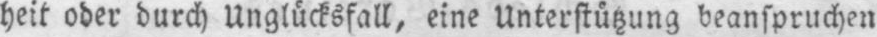
heit oder durch Unglücksfall, eine Unterstützung beanspruchen